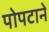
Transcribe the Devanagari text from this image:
पोपटाने